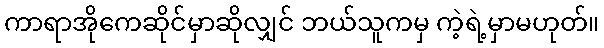
ကာရာအိုကေဆိုင်မှာဆိုလျှင် ဘယ်သူကမှ ကဲ့ရဲ့မှာမဟုတ်။